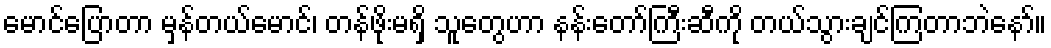
မောင်ပြောတာ မှန်တယ်မောင်၊ တန်ဖိုးမရှိ သူတွေဟာ နန်းတော်ကြီးဆီကို တယ်သွားချင်ကြတာဘဲနော်။